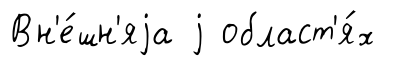
Вн'е́шн'яjа j област'я́х